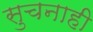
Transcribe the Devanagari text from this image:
सुचनाही